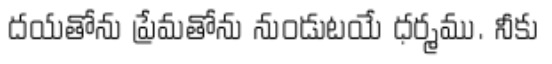
దయతోను ప్రేమతోను నుండుటయే ధర్మము. నీకు